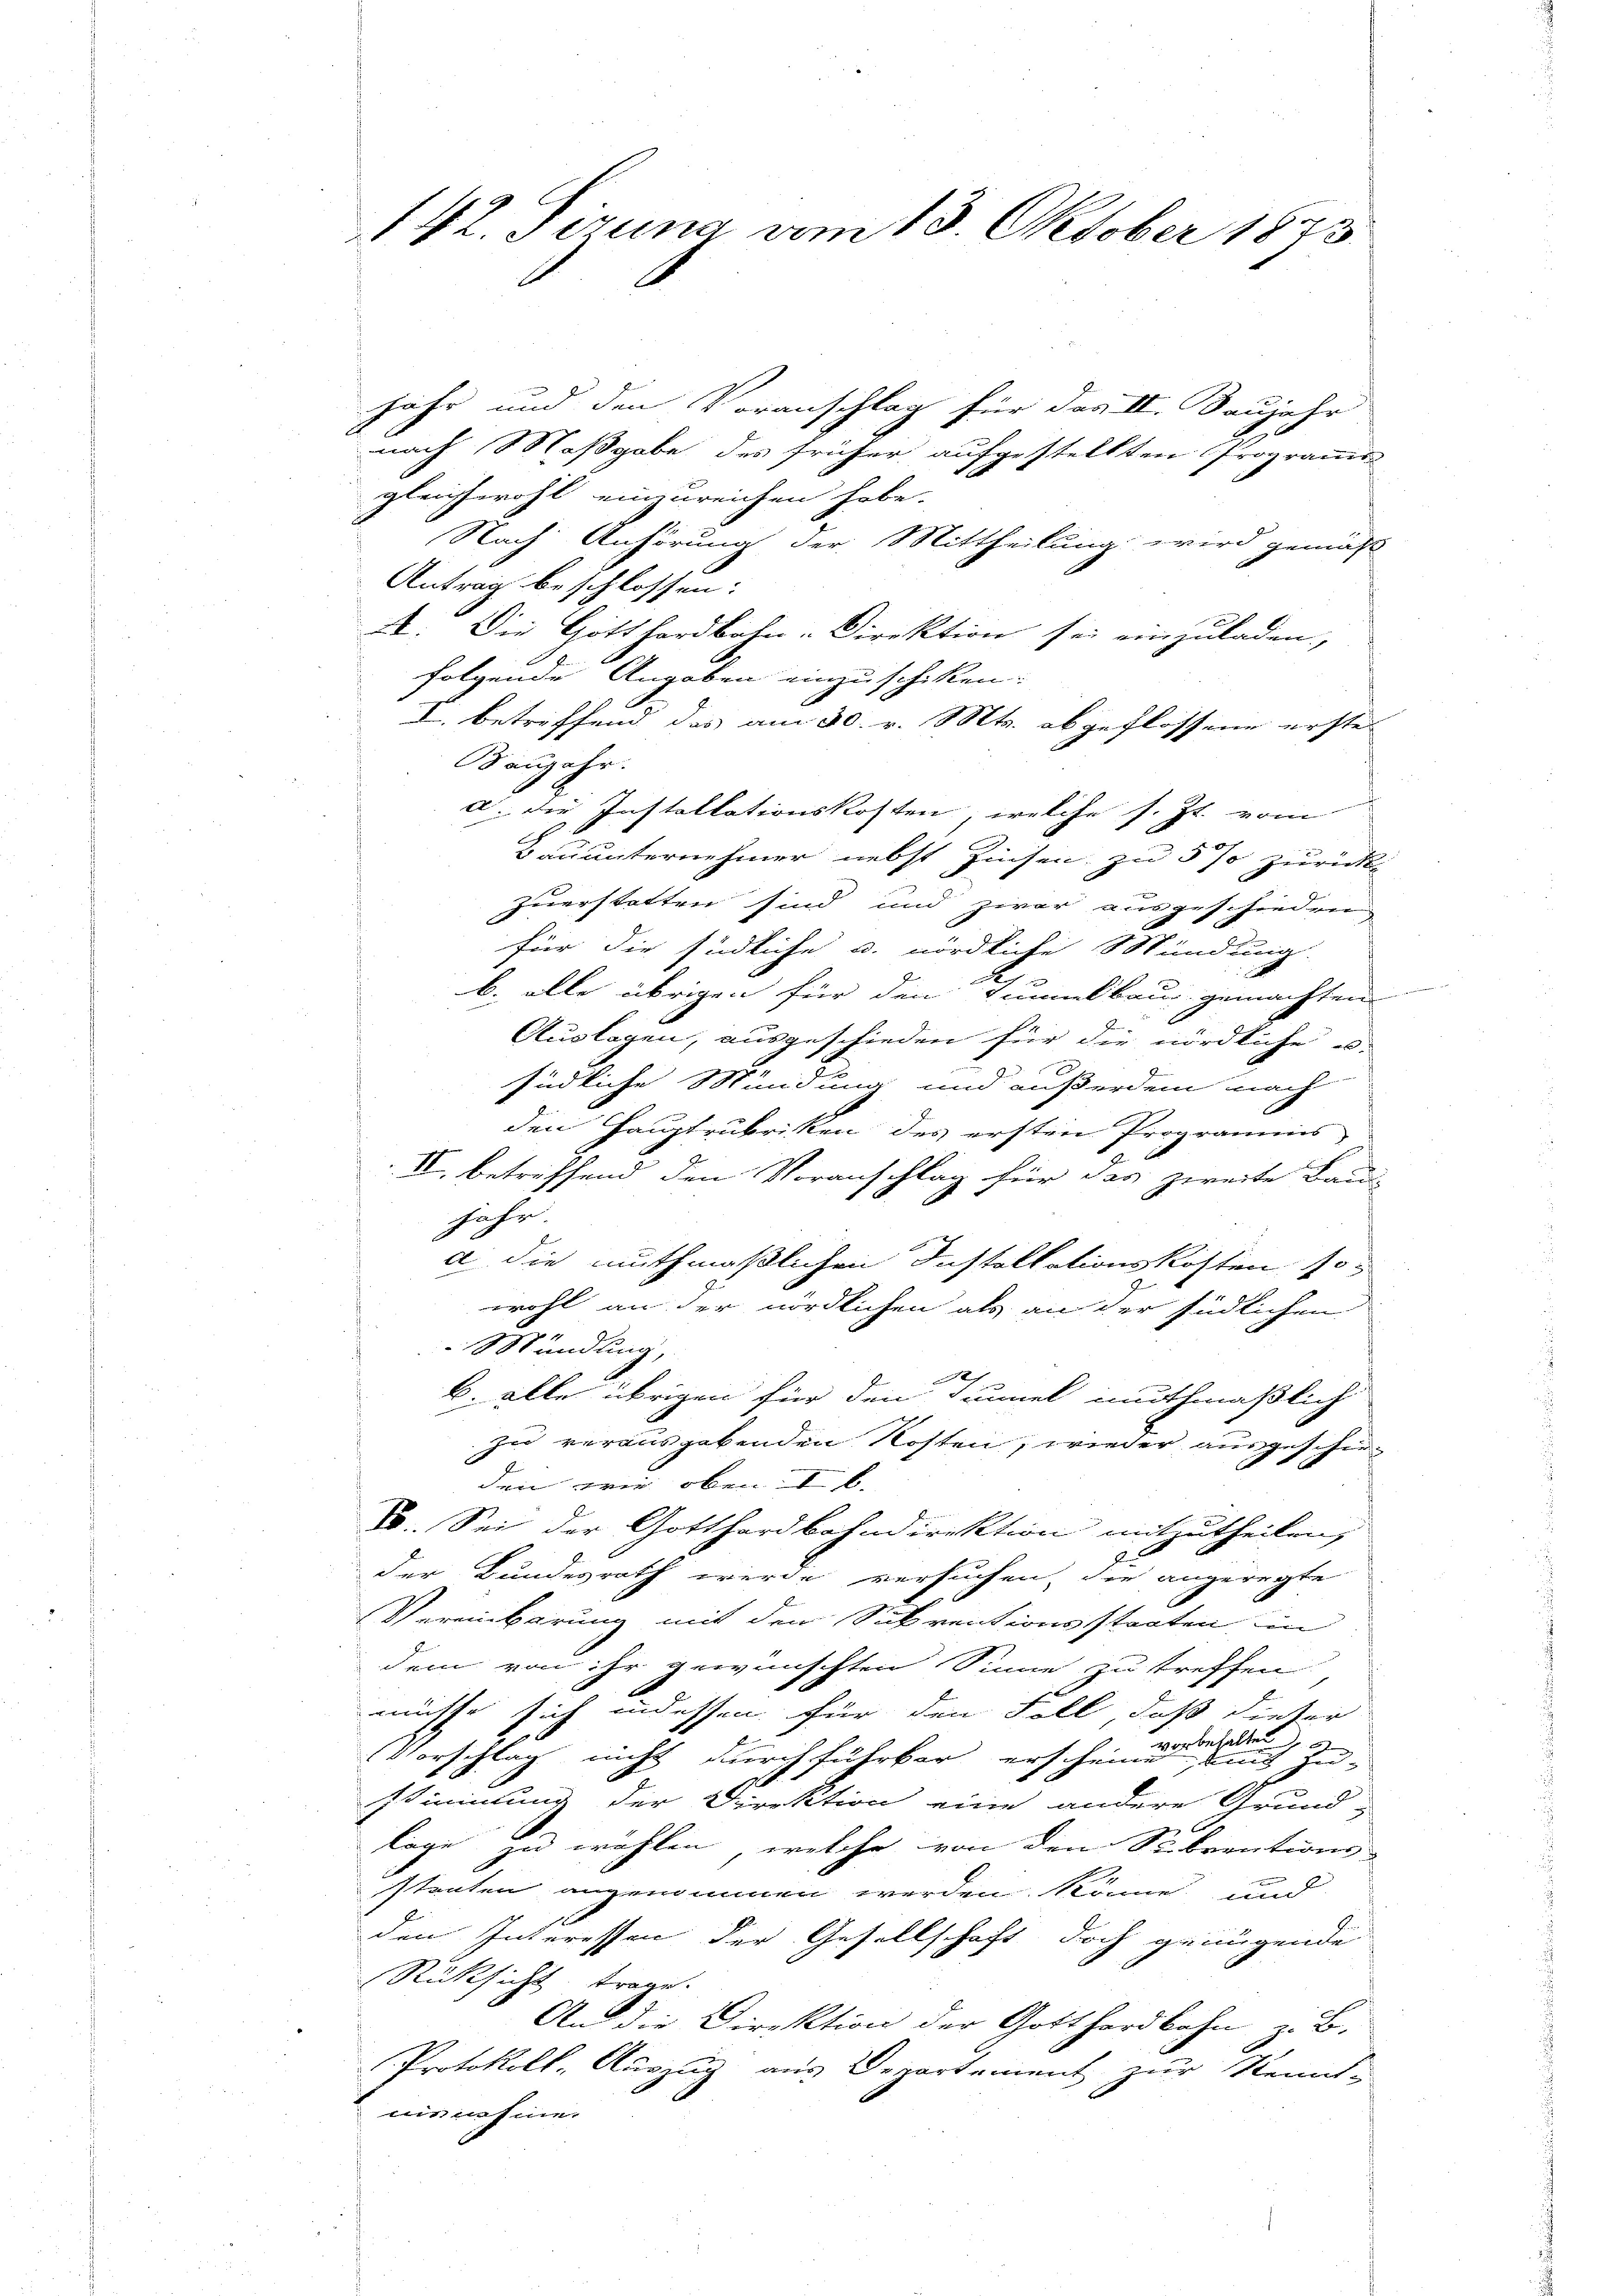
142. Tirung vom 13. Oktober 1873.

jahr und den Voranschlag für das II. Baujahr
nach Maßgabe des früher aufgestellten Programms
gleichwohl einzureichen habe.
Nach Anhörung der Mittheilung wird gemäß
Antrag beschlossen:
A. Die Gotthardbahn-Direktion sei einzuladen. |
folgende Angaben einzuschiken.
I. betreffend das am 30. v. Mts. abgeflossene erste
Baŭjahr.
a. die Installationskosten, welche s. Zt. vom
Bauunternehmer nebst Zinsen zu 5 % zurück-
zuerstatten sind und zwar ausgeschieden
für die südliche u. nördliche Mündung.
b. alle übrigen für den Tunnelbau gemachten
Auslagen, ausgeschieden für die nördliche u.
südliche Mündung und außerdem nach
den Hauptrubriken des ersten Programms
II. betreffend den Voranschlag für das zweite Bau-
jahr.
a die muthmaßlichen Installationskosten sowohl an der nördlichen als an der südlichen
Mündung,
e
B. alle übrigen für den Summel muthmaßlich
zu verausgabenden Kosten, wieder ausgeschieden wie oben. I b.
V. Sei der Gotthardbahndirektion mitzutheilen,
.
der Bundesrath werde versuchen, die angeregte
Vereinberung mit den Subventionsstaaten in
dem von ihr gewünschten Sinne zu treffen
t
müsse sich indessen für den soll, daß dieser
Vorschlag nicht durchführbar erscheinen die
stimmung der Direktion eine andere Grund-
läge zu wählen, welche von den Sebrentions-
stenten angenommen werden könne und
den Interessen der Gesellschaft doch genügende
Rüksicht trage.
An die Direktion der Gotthardbahn z. B.
Protokoll-Auszug aus Departement zur Kennt-
misnehme.

e